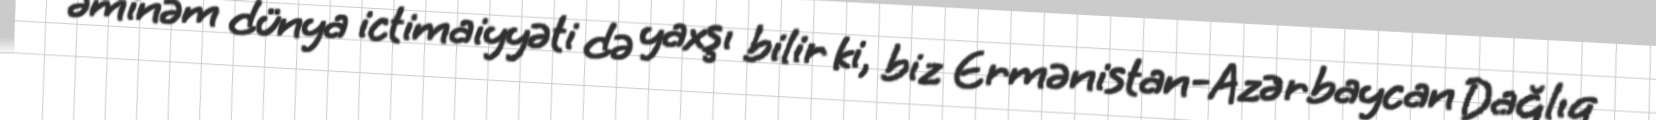
əminəm dünya ictimaiyyəti də yaxşı bilir ki, biz Ermənistan-Azərbaycan Dağlıq